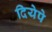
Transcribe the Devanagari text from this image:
दियेपे